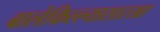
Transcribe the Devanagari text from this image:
बालेकिल्ल्यासारखा